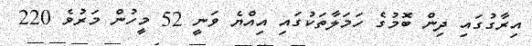
އިރާގުގައި ދިން ބޮމުގެ ހަމަލާތަކުގައި އިއްޔެ ވަނީ 52 މީހުން މަރުވެ 220